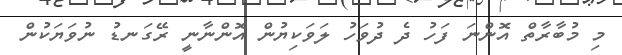
މި މުބާރާތް އޮންނަ ފަހު ދެ ދުވަހު ލަވަކިޔުން އޮންނާނީ ރޭގަނޑު ނުވަޔަކުން